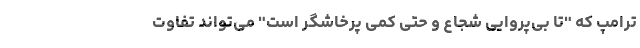
ترامپ که "تا بی‌پروایی شجاع و حتی کمی پرخاشگر است" می‌تواند تفاوت